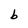
Character: b